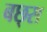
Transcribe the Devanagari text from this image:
बछ्स